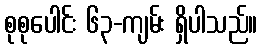
စုစုပေါင်း ၆၃-ကျမ်း ရှိပါသည်။